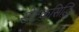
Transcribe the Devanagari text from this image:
खेटकसिद्धि